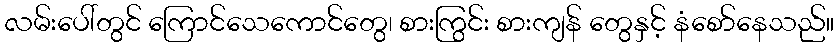
လမ်းပေါ်တွင် ကြောင်သေကောင်တွေ၊ စားကြွင်း စားကျန် တွေနှင့် နံစော်နေသည်။